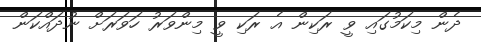
ދެން މިކަމުގައި ވީ ރަކިން އެ ރަކި ވީ މިންވަރު ހަވަރަށް ނުދައްކަން